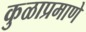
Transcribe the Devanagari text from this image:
कुळाप्रमाणे